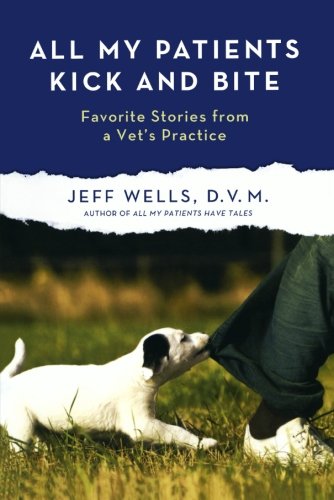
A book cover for All My Patients Kick and Bite: More Favorite Stories from a Vet's Practice; Jeff Wells; Humor & Entertainment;